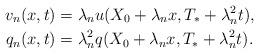
LaTeX: \begin{align*}v_n(x,t) &= \lambda_n u(X_0 + \lambda_n x, T_*+ \lambda^2_n t), \\q_n(x,t) &= \lambda_n^2q(X_0 + \lambda_n x, T_*+ \lambda^2_n t).\end{align*}